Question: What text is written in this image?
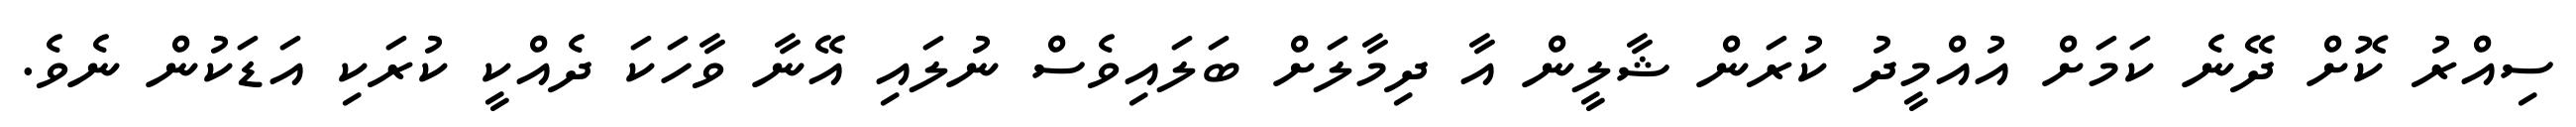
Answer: ސިއްރު ކޮށް ދޭނެ ކަމަށް އުއްމީދު ކުރަން ޝާލީން އާ ދިމާލަށް ބަލައިވެސް ނުލައި އޭނާ ވާހަކަ ދެއްކީ ކުރަކި އަޑަކުން ނެވެ.